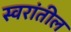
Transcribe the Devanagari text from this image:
स्वरांतील